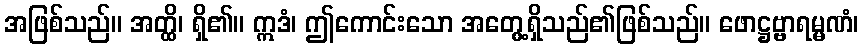
အဖြစ်သည်။ အတ္ထိ၊ ရှိ၏။ ဣဒံ၊ ဤကောင်းသော အတွေ့ရှိသည်၏ဖြစ်သည်။ ဖောဋ္ဌဗ္ဗာရမ္မဏံ၊